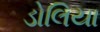
ડોલિયા